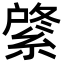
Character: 𦂟